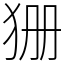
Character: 㹪